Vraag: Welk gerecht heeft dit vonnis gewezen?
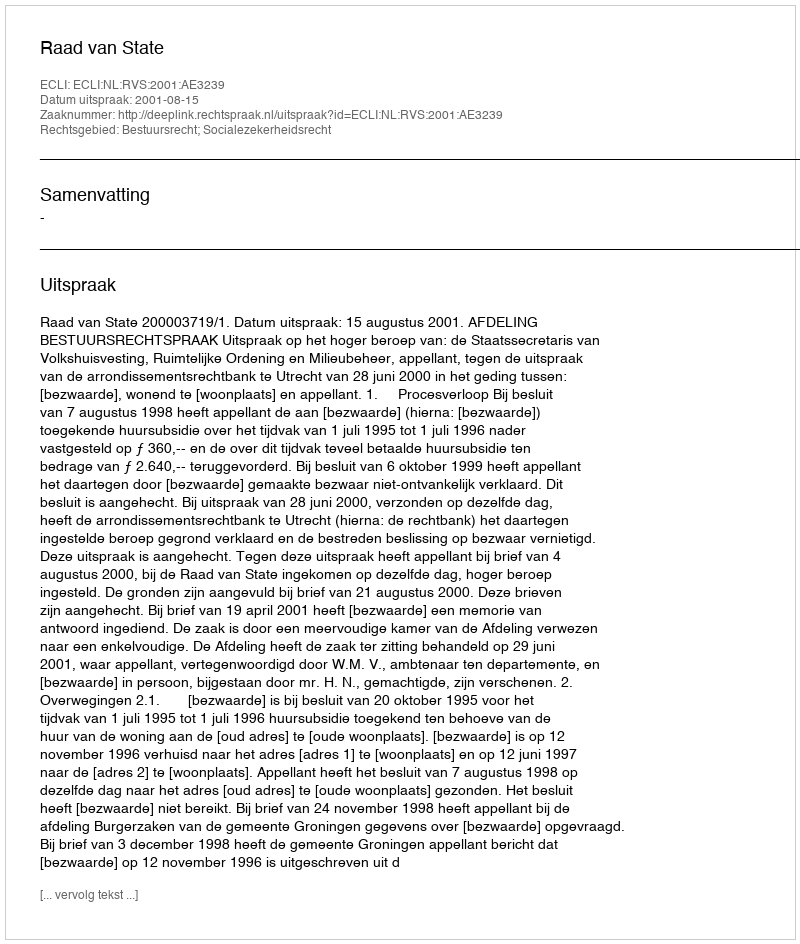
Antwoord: Raad van State